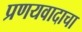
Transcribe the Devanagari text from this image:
प्रणयवादाचा